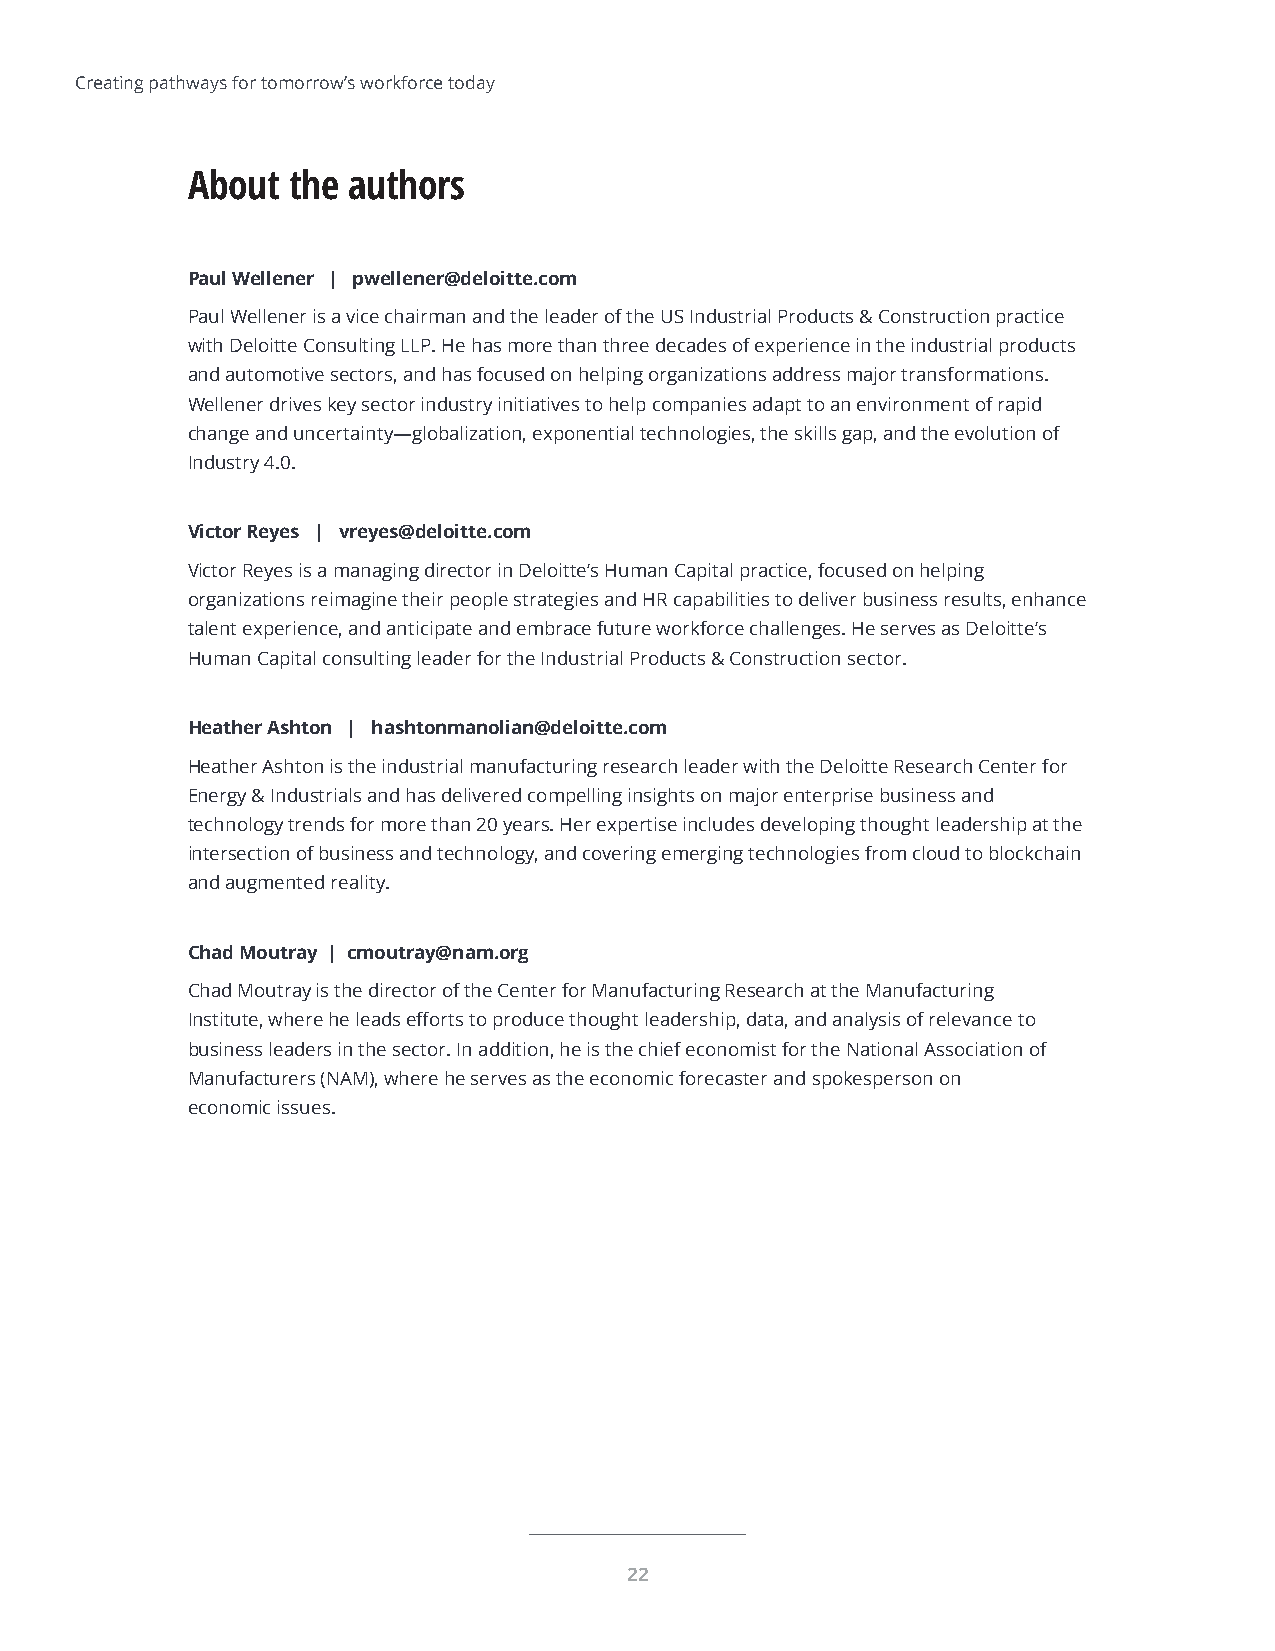
Creating pathways for tomorrow’s workforce today
 About  the authors
 Paul Wellener | pwellener@deloitte.com
 Paul Wellener is a vice chairman and the leader of the US Industrial Products & Construction practice
 with Deloitte Consulting LLP. He has more than three decades of experience in the industrial products
 and automotive sectors, and has focused on helping organizations address major transformations.
 Wellener drives key sector industry initiatives to help companies adapt to an environment of rapid
 change and uncertainty—globalization, exponential technologies, the skills gap, and the evolution of
 Industry 4.0.
 Victor Reyes | vreyes@deloitte.com
 Victor Reyes is a managing director in Deloitte’s Human Capital practice, focused on helping
 organizations reimagine their people strategies and HR capabilities to deliver business results, enhance
 talent experience, and anticipate and embrace future workforce challenges. He serves as Deloitte’s
 Human Capital consulting leader for the Industrial Products & Construction sector.
 Heather Ashton | hashtonmanolian@deloitte.com
 Heather Ashton is the industrial manufacturing research leader with the Deloitte Research Center for
 Energy & Industrials and has delivered compelling insights on major enterprise business and
 technology trends for more than 20 years. Her expertise includes developing thought leadership at the
 intersection of business and technology, and covering emerging technologies from cloud to blockchain
 and augmented reality.
 Chad Moutray | cmoutray@nam.org
 Chad Moutray is the director of the Center for Manufacturing Research at the Manufacturing
 Institute, where he leads efforts to produce thought leadership, data, and analysis of relevance to
 business leaders in the sector. In addition, he is the chief economist for the National Association of
 Manufacturers (NAM), where he serves as the economic forecaster and spokesperson on
 economic issues.
 22